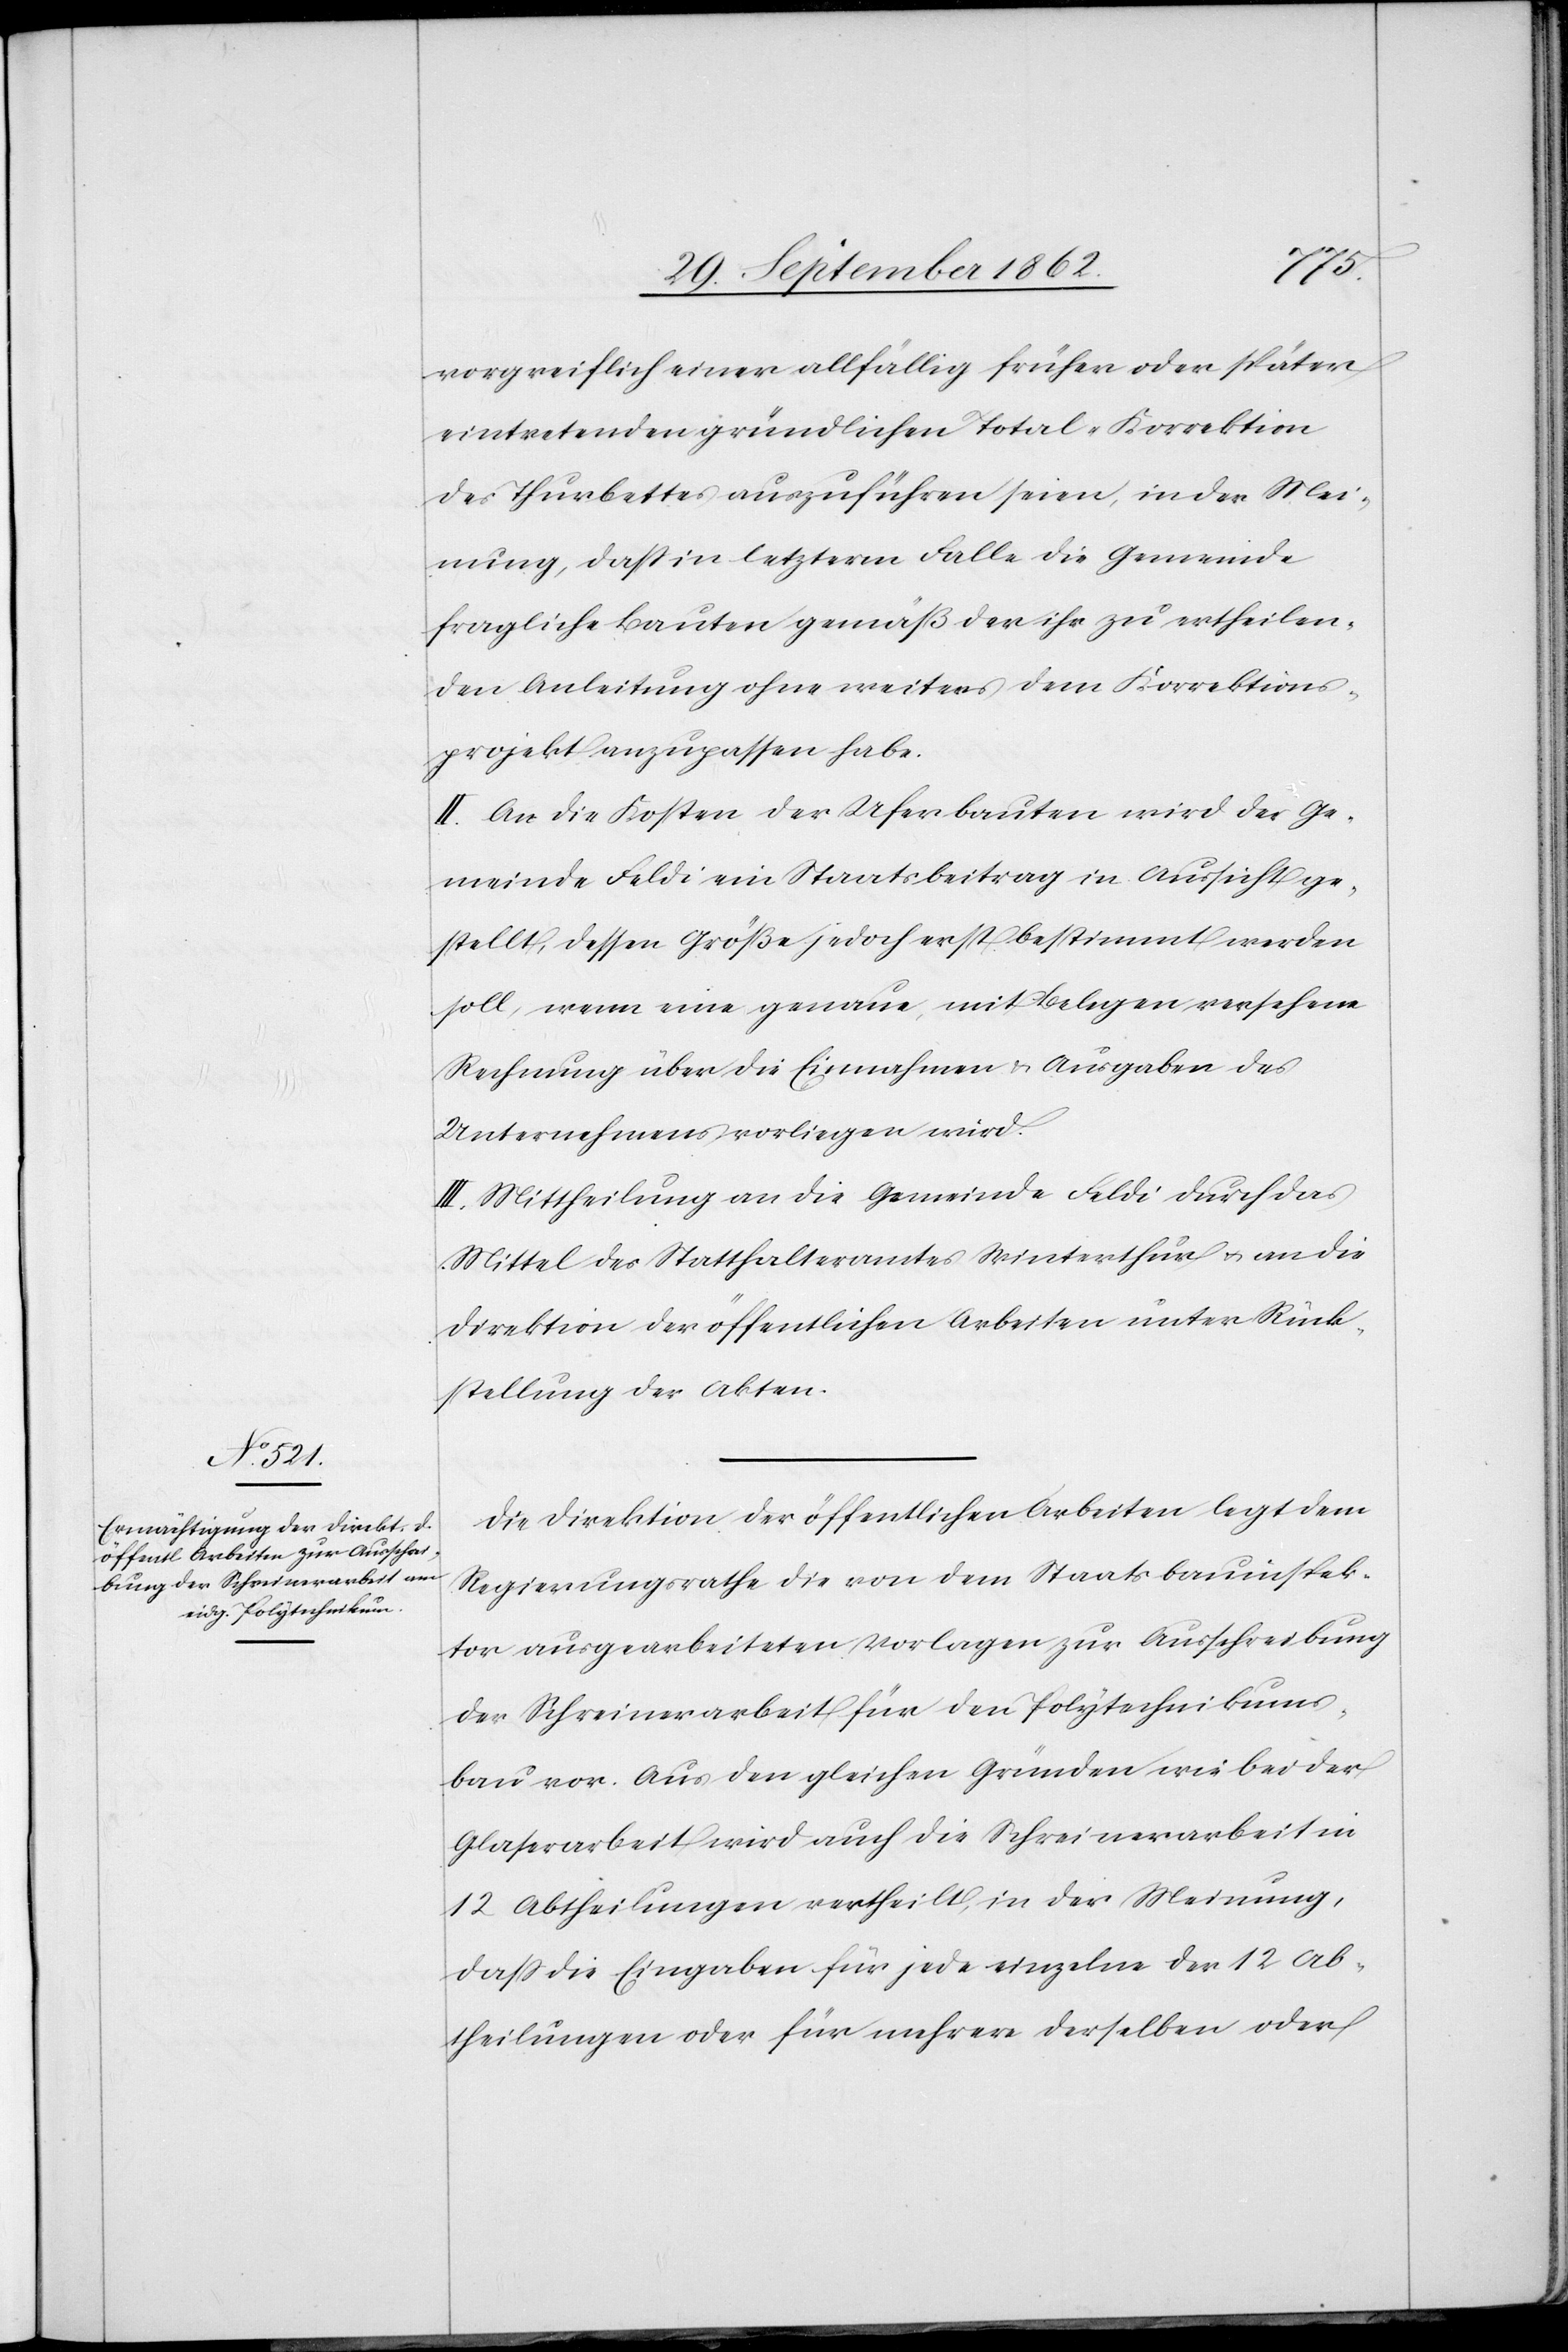
vorgreiflich einer allfällig früher oder später
eintretenden gründlichen Total-Korrektion
des Thurbettes auszuführen seien, in der Mei¬
nung, daß in letzterm Falle die Gemeinde
fragliche Bauten gemäß der ihr zu ertheilen¬
den Anleitung ohne weiters dem Korrektions¬
projekt anzupassen habe.
II. An die Kosten der Uferbauten wird der Ge¬
meinde Feldi ein Staatsbeitrag in Aussicht ge¬
stellt, dessen Größe jedoch erst bestimmt werden
soll, wenn eine genaue, mit Belegen versehene
Rechnung über die Einnahmen u. Ausgaben des
Unternehmens vorliegen wird.
III. Mittheilung an die Gemeinde Feldi durch das
Mittel des Statthalteramtes Winterthur u. an die
Direktion der öffentlichen Arbeiten unter Rück¬
stellung der Akten.
Die Direktion der öffentlichen Arbeiten legt dem
Regierungsrathe die von dem Staatsbauinspek¬
tor ausgearbeiteten Vorlagen zur Ausschreibung
der Schreinerarbeit für den Polytechnikums¬
bau vor. Aus den gleichen Gründen wie bei der
Glasarbeit wird auch die Schreinerarbeit in
12 Abtheilungen vertheilt, in der Meinung,
daß die Eingaben für jede einzelne der 12 Ab¬
theilungen oder für mehrere derselben oder